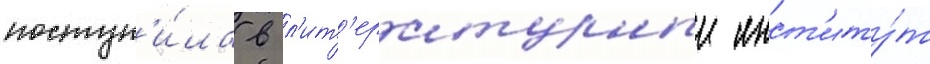
поступ'и́ла в л'ит'ературныи инст'иту́т